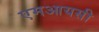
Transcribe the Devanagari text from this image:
एमआयसी